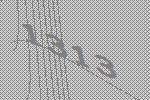
1313